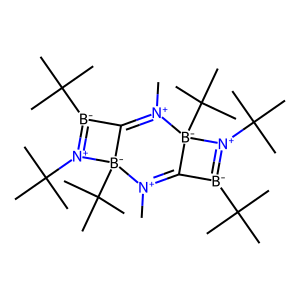
SMILES: C[N+]1=C2[B-](C(C)(C)C)=[N+](C(C)(C)C)[B-]2(C(C)(C)C)[N+](C)=C2[B-](C(C)(C)C)=[N+](C(C)(C)C)[B-]21C(C)(C)C
Inhibits HIV replication: No